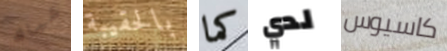
شباك بالحقيبة كما لدي كاسيوس